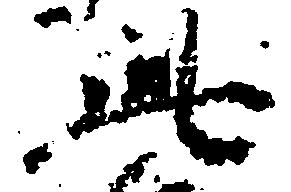
此